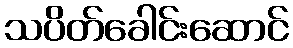
သပိတ်ခေါင်းဆောင်